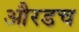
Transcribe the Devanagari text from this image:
औरडच